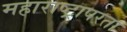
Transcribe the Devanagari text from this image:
महाराष्ट्रापरता